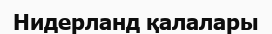
Нидерланд қалалары